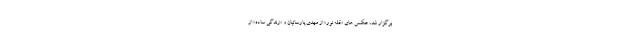
برگزار شد، عکس ‌های «قله نور» از مهدی پارسائیان و «زندگی ساده» از